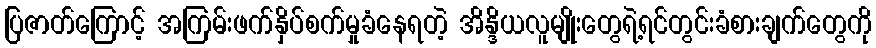
ပြဇာတ်ကြောင့် အကြမ်းဖက်နှိပ်စက်မှုခံနေရတဲ့ အိန္ဒိယလူမျိုးတွေရဲ့ရင်တွင်းခံစားချက်တွေကို